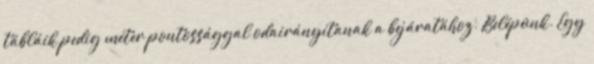
tábláik pedig méter pontossággal odairányítanak a bejáratához. Belépünk. Egy